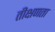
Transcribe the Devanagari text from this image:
तीक्षणता